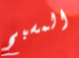
المسبح